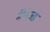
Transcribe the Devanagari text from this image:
मॅनेज्ड